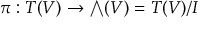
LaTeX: \pi : T ( V ) \to { \textstyle \bigwedge } ( V ) = T ( V ) / I